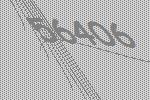
56406